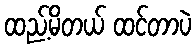
ထည့်မိတယ် ထင်တာပဲ